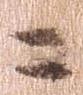
ニ